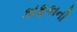
કાફકાની